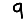
Digit: 9